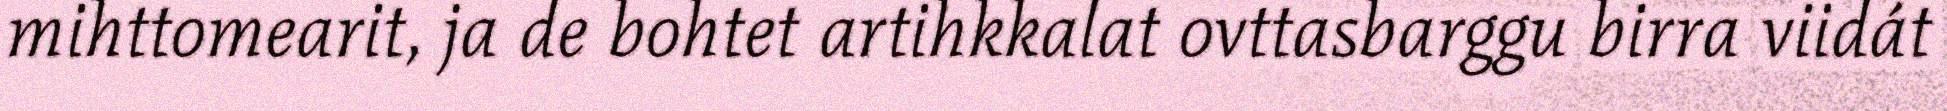
mihttomearit, ja de bohtet artihkkalat ovttasbarggu birra viidát